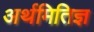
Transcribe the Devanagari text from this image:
अर्थमितिज्ञ